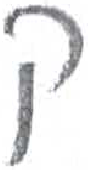
אות: ק